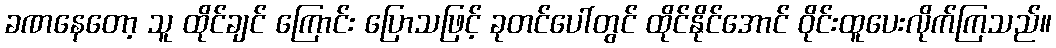
ခဏနေတော့ သူ ထိုင်ချင် ကြောင်း ပြောသဖြင့် ခုတင်ပေါ်တွင် ထိုင်နိုင်အောင် ဝိုင်းထူပေးလိုက်ကြသည်။